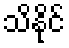
သိနိုင်